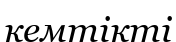
кемтікті